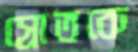
স্রোতকে